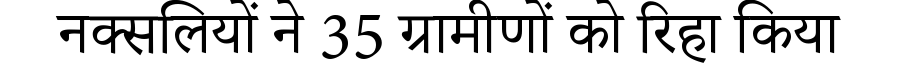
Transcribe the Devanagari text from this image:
नक्सलियों ने 35 ग्रामीणों को रिहा किया